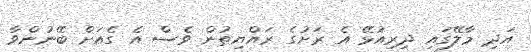
އަދި މާލޭގައި ދިރިއުޅޭ އެ ރަށުގެ ރައްޔިތުން ވެސް އެ ގެއަށް ބޭނުންވާ